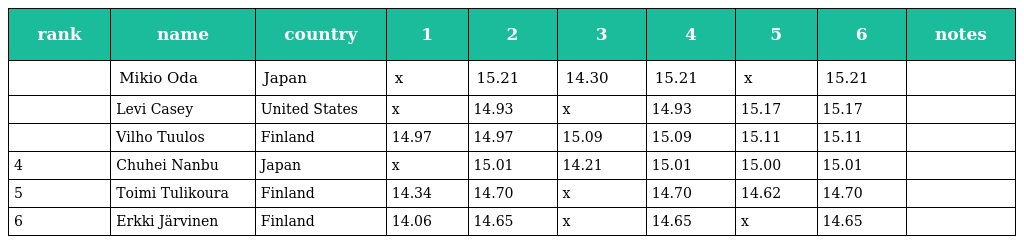
| rank | name | country | 1 | 2 | 3 | 4 | 5 | 6 | notes |
 | --- | --- | --- | --- | --- | --- | --- | --- | --- | --- |
 |  | Mikio Oda | Japan | x | 15.21 | 14.30 | 15.21 | x | 15.21 |  |
 |  | Levi Casey | United States | x | 14.93 | x | 14.93 | 15.17 | 15.17 |  |
 |  | Vilho Tuulos | Finland | 14.97 | 14.97 | 15.09 | 15.09 | 15.11 | 15.11 |  |
 | 4 | Chuhei Nanbu | Japan | x | 15.01 | 14.21 | 15.01 | 15.00 | 15.01 |  |
 | 5 | Toimi Tulikoura | Finland | 14.34 | 14.70 | x | 14.70 | 14.62 | 14.70 |  |
 | 6 | Erkki Järvinen | Finland | 14.06 | 14.65 | x | 14.65 | x | 14.65 |  |